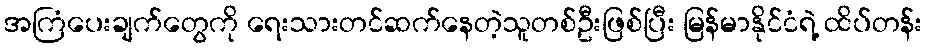
အကြံပေးချက်တွေကို ရေးသားတင်ဆက်နေတဲ့သူတစ်ဦးဖြစ်ပြီး မြန်မာနိုင်ငံရဲ့ ထိပ်တန်း